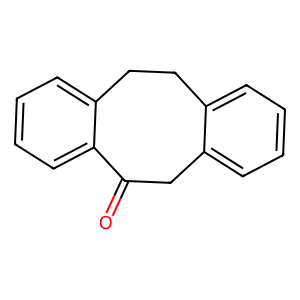
SMILES: O=C1Cc2ccccc2CCc2ccccc21
Inhibits HIV replication: No